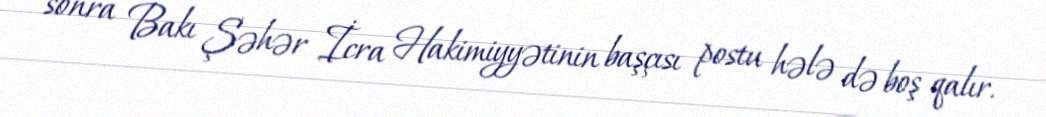
sonra Bakı Şəhər İcra Hakimiyyətinin başçısı postu hələ də boş qalır.